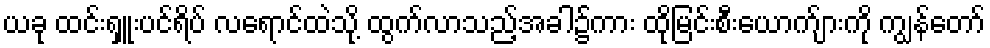
ယခု ထင်းရှူးပင်ရိပ် လရောင်ထဲသို့ ထွက်လာသည့်အခါ၌ကား ထိုမြင်းစီးယောက်ျားကို ကျွန်တော်